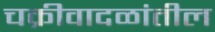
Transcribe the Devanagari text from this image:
चक्रीवादळांतील